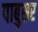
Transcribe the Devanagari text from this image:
पाबुसर